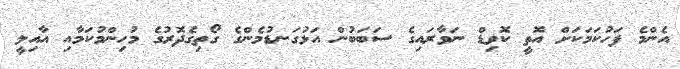
އެންމެ ފަހުކަމަކަށް އޮތީ ކޮވިޑް ނަވާރައިގެ ސަބަބުން އަޅުގަނޑުމެންގެ ގޯތިގެދޮރުގެ މުހިންމުކަމާއި އާއިލީ